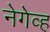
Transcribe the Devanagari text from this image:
नेगेव्ह